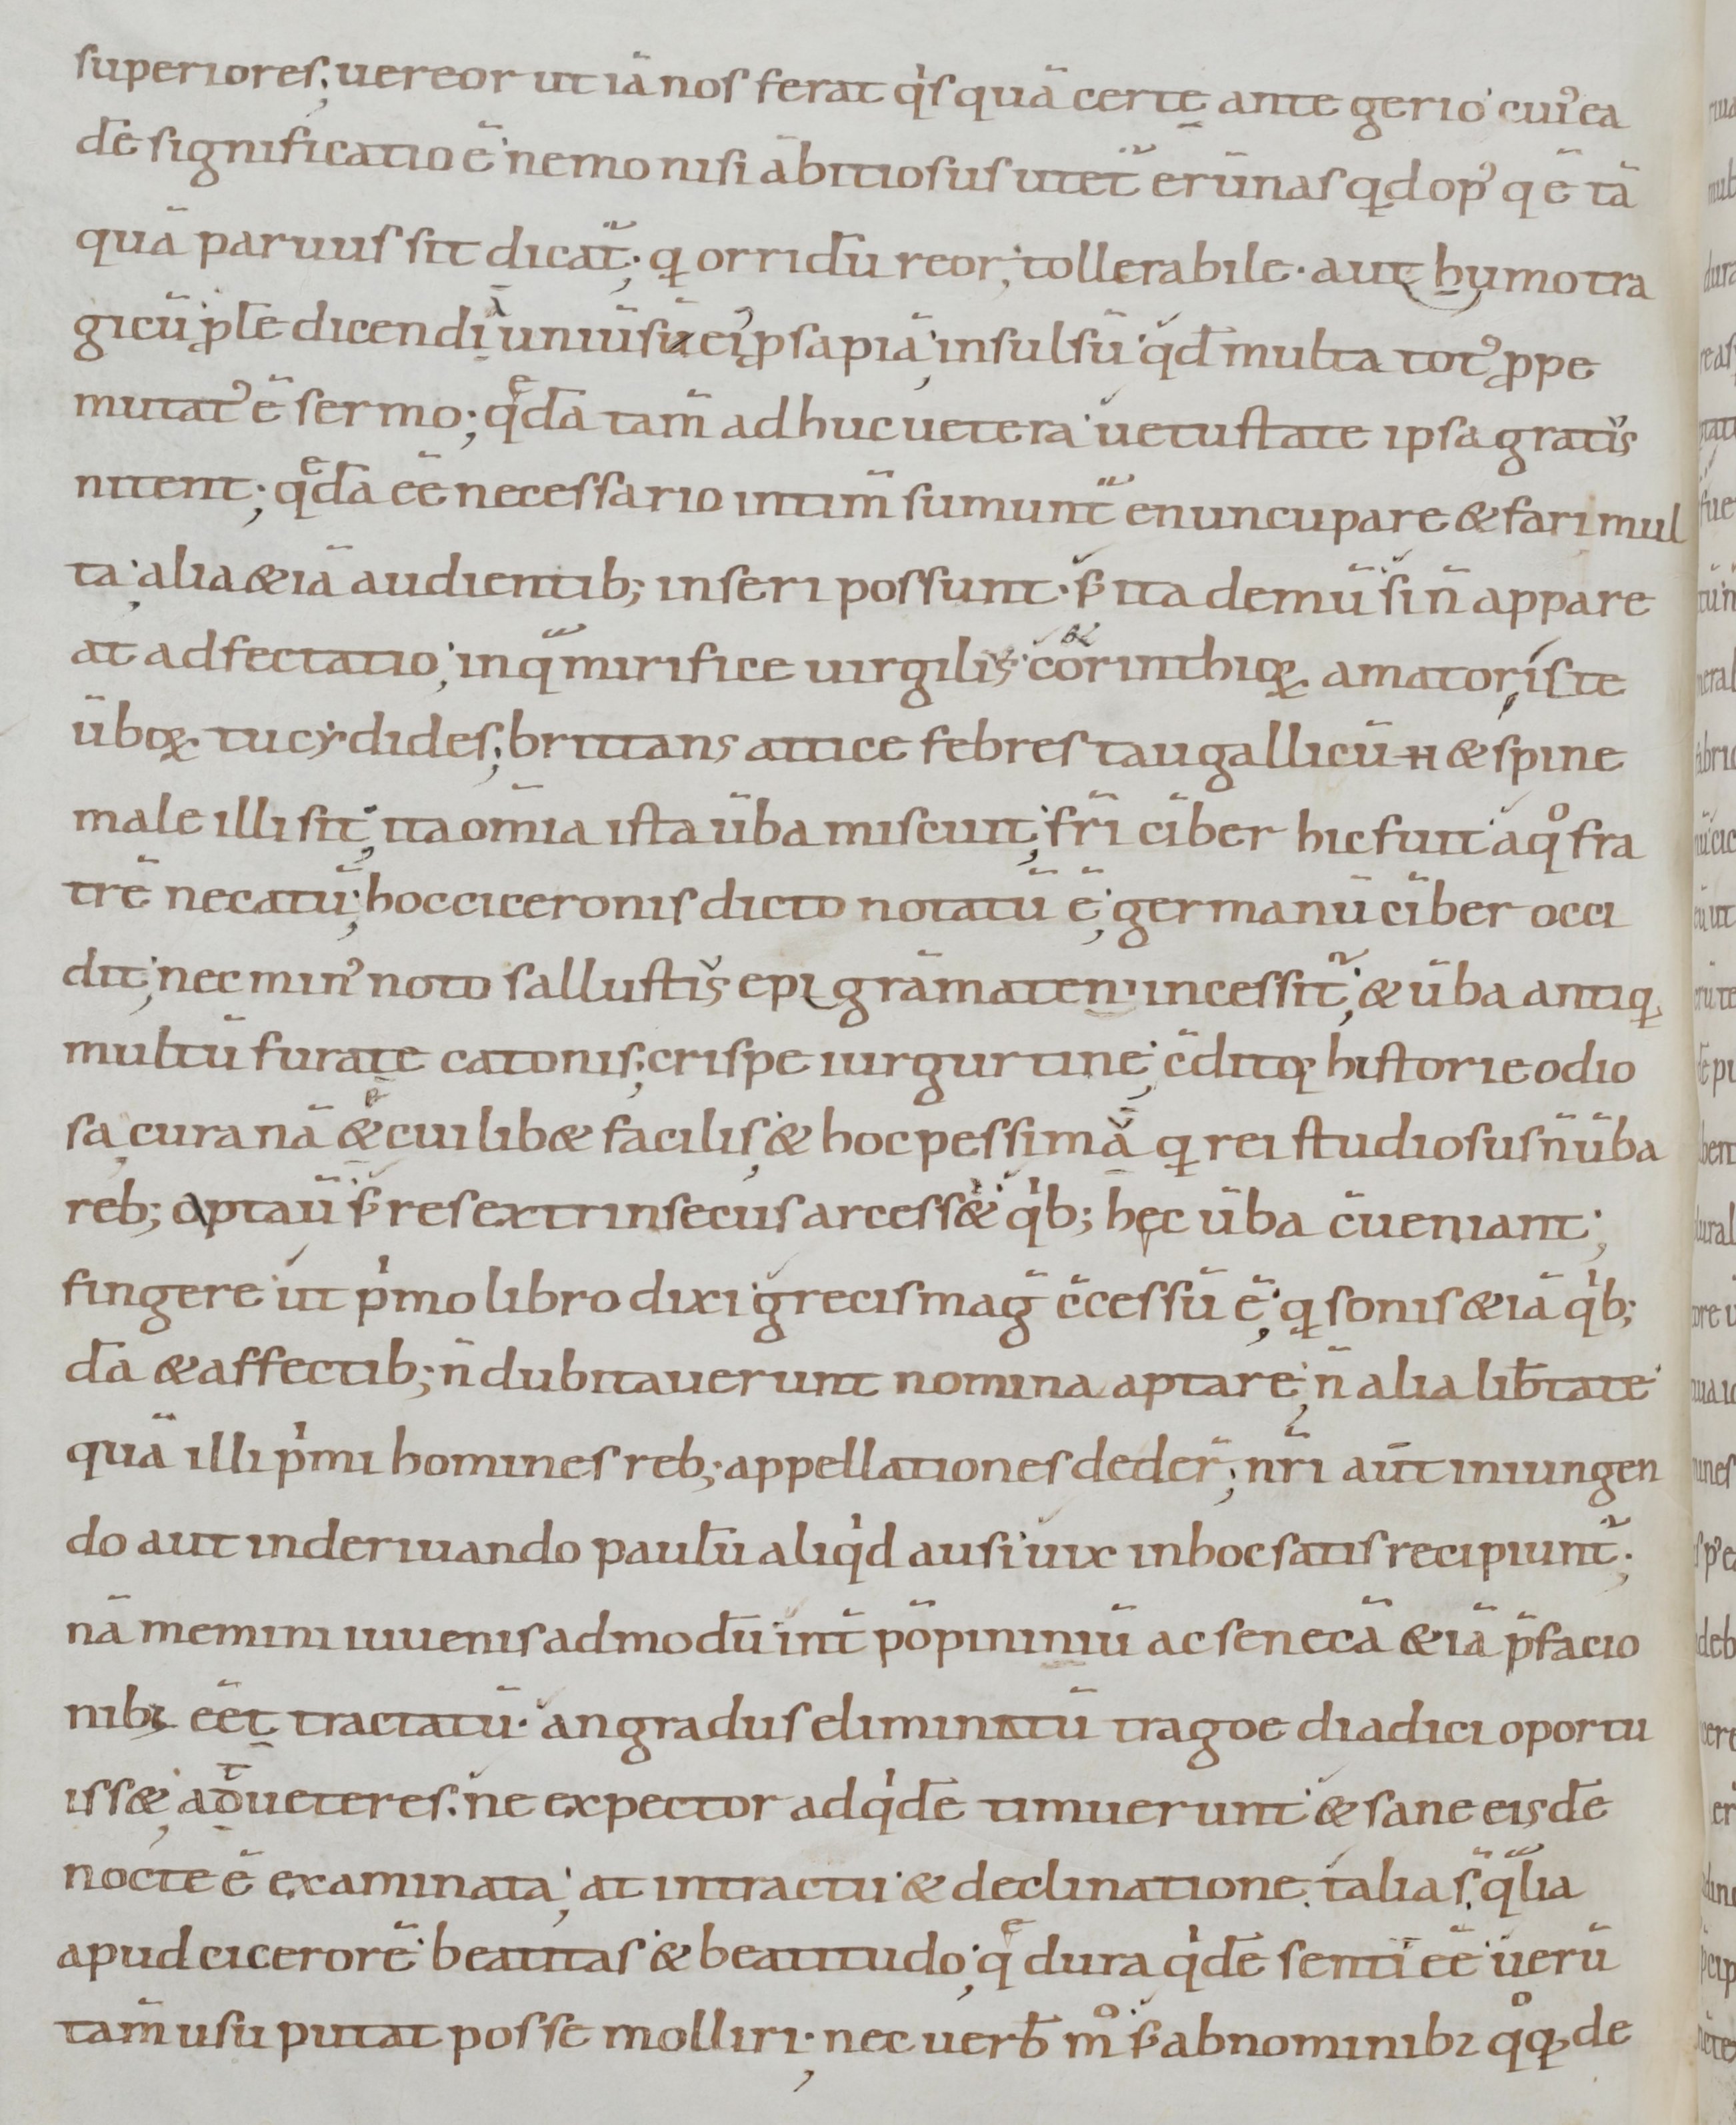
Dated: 900–1099